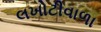
લખોટીવાળા